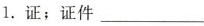
1. 证：证件___